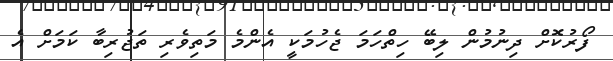
ފޯރުކޮށް ދިނުމުން ލިބޭ ހިތްހަމަ ޖެހުމަކީ އެންމެ މަތިވެރި ތަޖުރިބާ ކަމަށް އެ